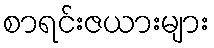
စာရင်းဇယားများ